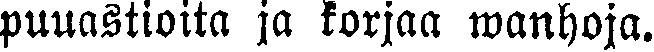
puuastioita ja korjaa wanhoja.